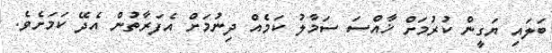
ބަލައި ޔަގީން ކުރުމަށް ޚާއްސަ ސަމާލު ކަމެއް ދިނުމަށް އެފަރާތުން އެދޭ ކަމަށެވެ.